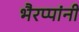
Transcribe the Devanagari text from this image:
भैरप्पांनी